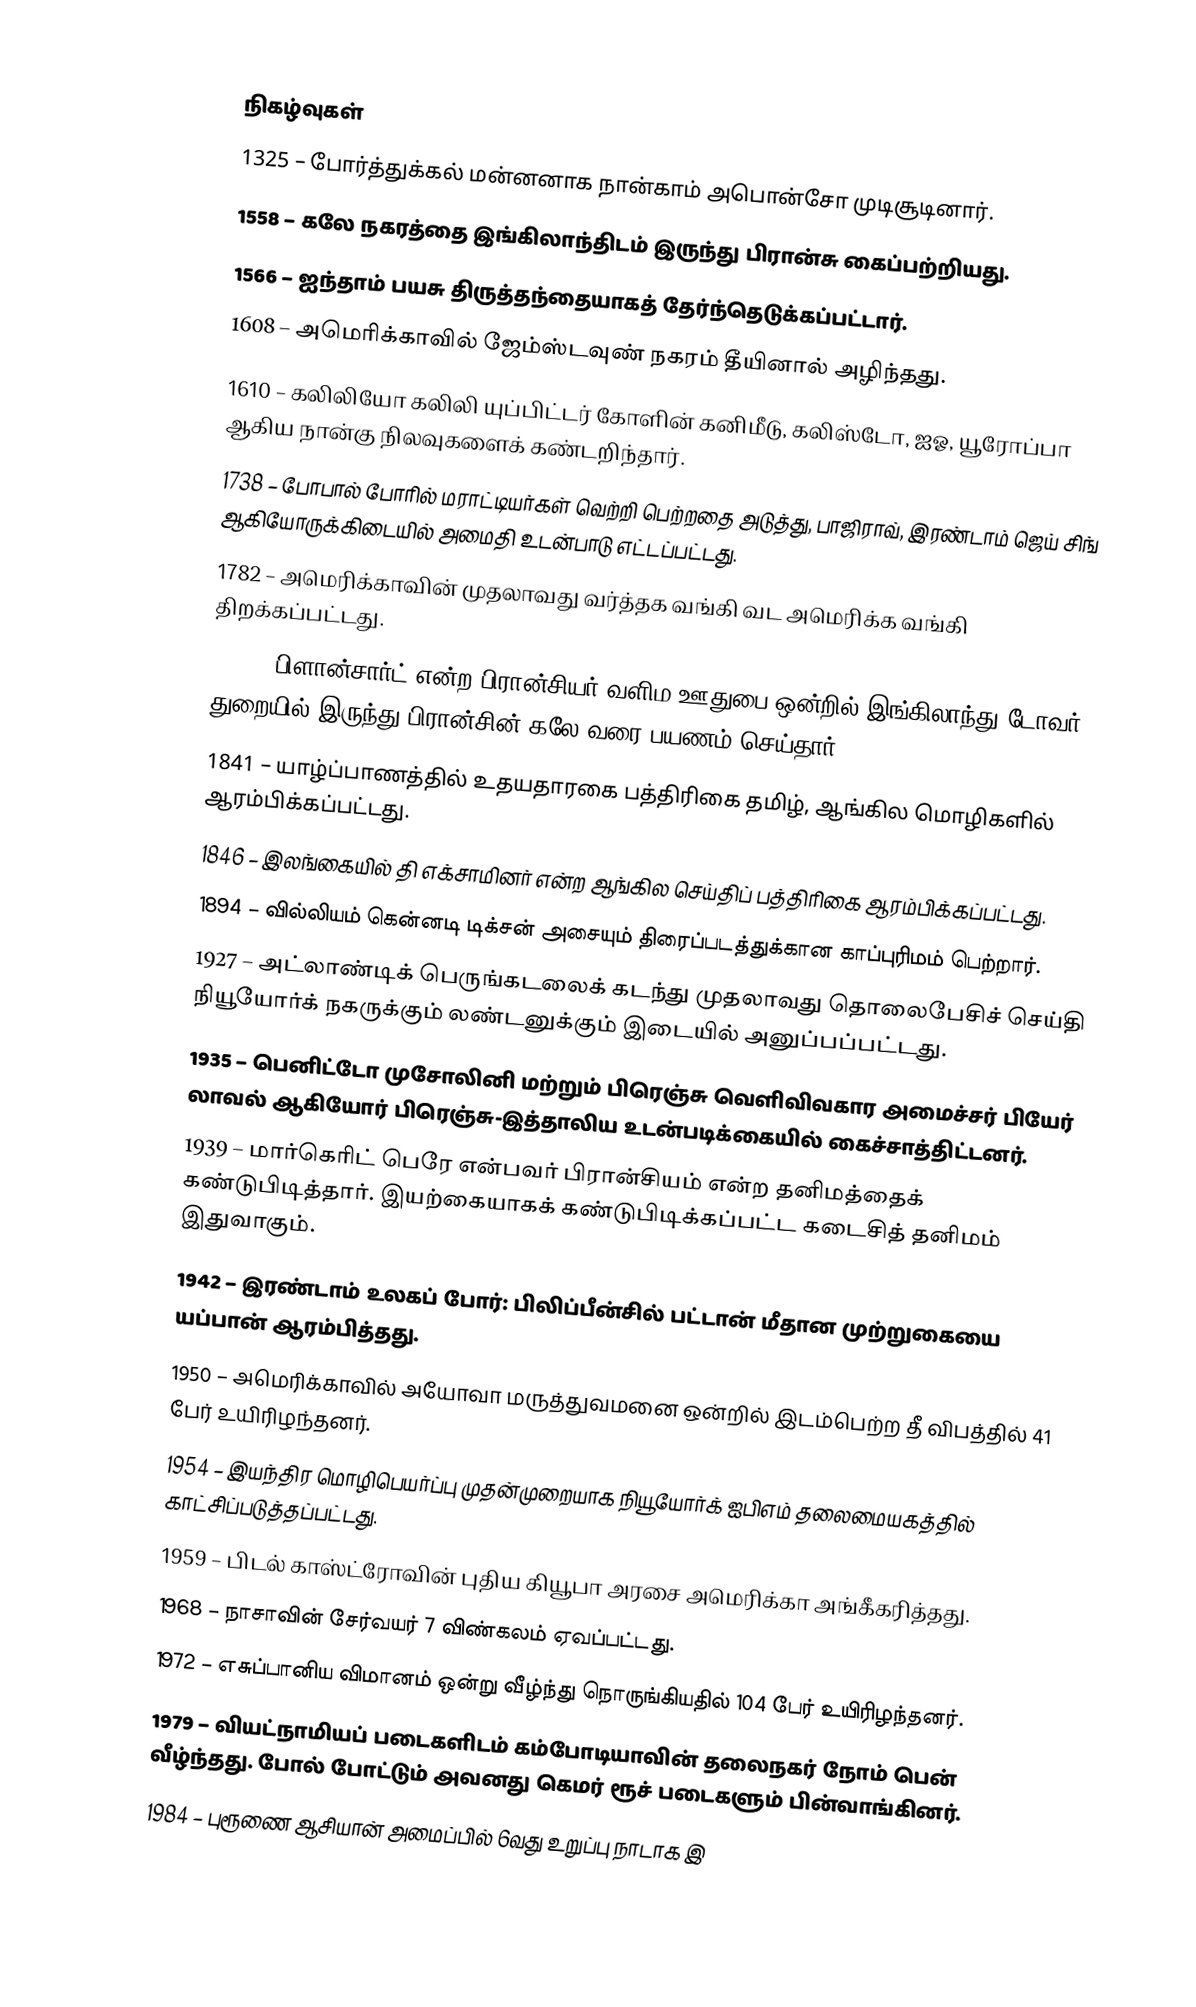

நிகழ்வுகள்
1325 – போர்த்துக்கல் மன்னனாக நான்காம் அபொன்சோ முடிசூடினார்.
1558 – கலே நகரத்தை இங்கிலாந்திடம் இருந்து பிரான்சு கைப்பற்றியது.
1566 – ஐந்தாம் பயசு திருத்தந்தையாகத் தேர்ந்தெடுக்கப்பட்டார்.
1608 – அமெரிக்காவில் ஜேம்ஸ்டவுண் நகரம் தீயினால் அழிந்தது.
1610 – கலிலியோ கலிலி யுப்பிட்டர் கோளின் கனிமீடு, கலிஸ்டோ, ஐஓ, யூரோப்பா ஆகிய நான்கு நிலவுகளைக் கண்டறிந்தார்.
1738 – போபால் போரில் மராட்டியர்கள் வெற்றி பெற்றதை அடுத்து, பாஜிராவ், இரண்டாம் ஜெய் சிங் ஆகியோருக்கிடையில் அமைதி உடன்பாடு எட்டப்பட்டது.
1782 – அமெரிக்காவின் முதலாவது வர்த்தக வங்கி வட அமெரிக்க வங்கி திறக்கப்பட்டது.
1785 – பிளான்சார்ட் என்ற பிரான்சியர் வளிம ஊதுபை ஒன்றில் இங்கிலாந்து டோவர் துறையில் இருந்து பிரான்சின் கலே வரை பயணம் செய்தார்.
1841 – யாழ்ப்பாணத்தில் உதயதாரகை பத்திரிகை தமிழ், ஆங்கில மொழிகளில் ஆரம்பிக்கப்பட்டது.
1846 – இலங்கையில் தி எக்சாமினர் என்ற ஆங்கில செய்திப் பத்திரிகை ஆரம்பிக்கப்பட்டது.
1894 – வில்லியம் கென்னடி டிக்சன் அசையும் திரைப்படத்துக்கான காப்புரிமம் பெற்றார்.
1927 – அட்லாண்டிக் பெருங்கடலைக் கடந்து முதலாவது தொலைபேசிச் செய்தி நியூயோர்க் நகருக்கும் லண்டனுக்கும் இடையில் அனுப்பப்பட்டது.
1935 – பெனிட்டோ முசோலினி மற்றும் பிரெஞ்சு வெளிவிவகார அமைச்சர் பியேர் லாவல் ஆகியோர் பிரெஞ்சு-இத்தாலிய உடன்படிக்கையில் கைச்சாத்திட்டனர்.
1939 – மார்கெரிட் பெரே என்பவர் பிரான்சியம் என்ற தனிமத்தைக் கண்டுபிடித்தார். இயற்கையாகக் கண்டுபிடிக்கப்பட்ட கடைசித் தனிமம் இதுவாகும்.
1942 – இரண்டாம் உலகப் போர்: பிலிப்பீன்சில் பட்டான் மீதான முற்றுகையை யப்பான் ஆரம்பித்தது.
1950 – அமெரிக்காவில் அயோவா மருத்துவமனை ஒன்றில் இடம்பெற்ற தீ விபத்தில் 41 பேர் உயிரிழந்தனர்.
1954 – இயந்திர மொழிபெயர்ப்பு முதன்முறையாக நியூயோர்க் ஐபிஎம் தலைமையகத்தில் காட்சிப்படுத்தப்பட்டது.
1959 – பிடல் காஸ்ட்ரோவின் புதிய கியூபா அரசை அமெரிக்கா அங்கீகரித்தது.
1968 – நாசாவின் சேர்வயர் 7 விண்கலம் ஏவப்பட்டது.
1972 – எசுப்பானிய விமானம் ஒன்று வீழ்ந்து நொருங்கியதில் 104 பேர் உயிரிழந்தனர்.
1979 – வியட்நாமியப் படைகளிடம் கம்போடியாவின் தலைநகர் நோம் பென் வீழ்ந்தது. போல் போட்டும் அவனது கெமர் ரூச் படைகளும் பின்வாங்கினர்.
1984 – புரூணை ஆசியான் அமைப்பில் 6வது உறுப்பு நாடாக இ